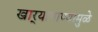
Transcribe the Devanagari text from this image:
खार्‍यापाण्यामुळे